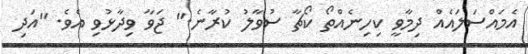
އެމައްސަލައެއް ދިމާވީ ކިހިނެއްތޯ ކޯޗާ ސުވާލު ކުރާނެ." ޖަވާ ވިދާޅުވި އެވެ. "އަދި